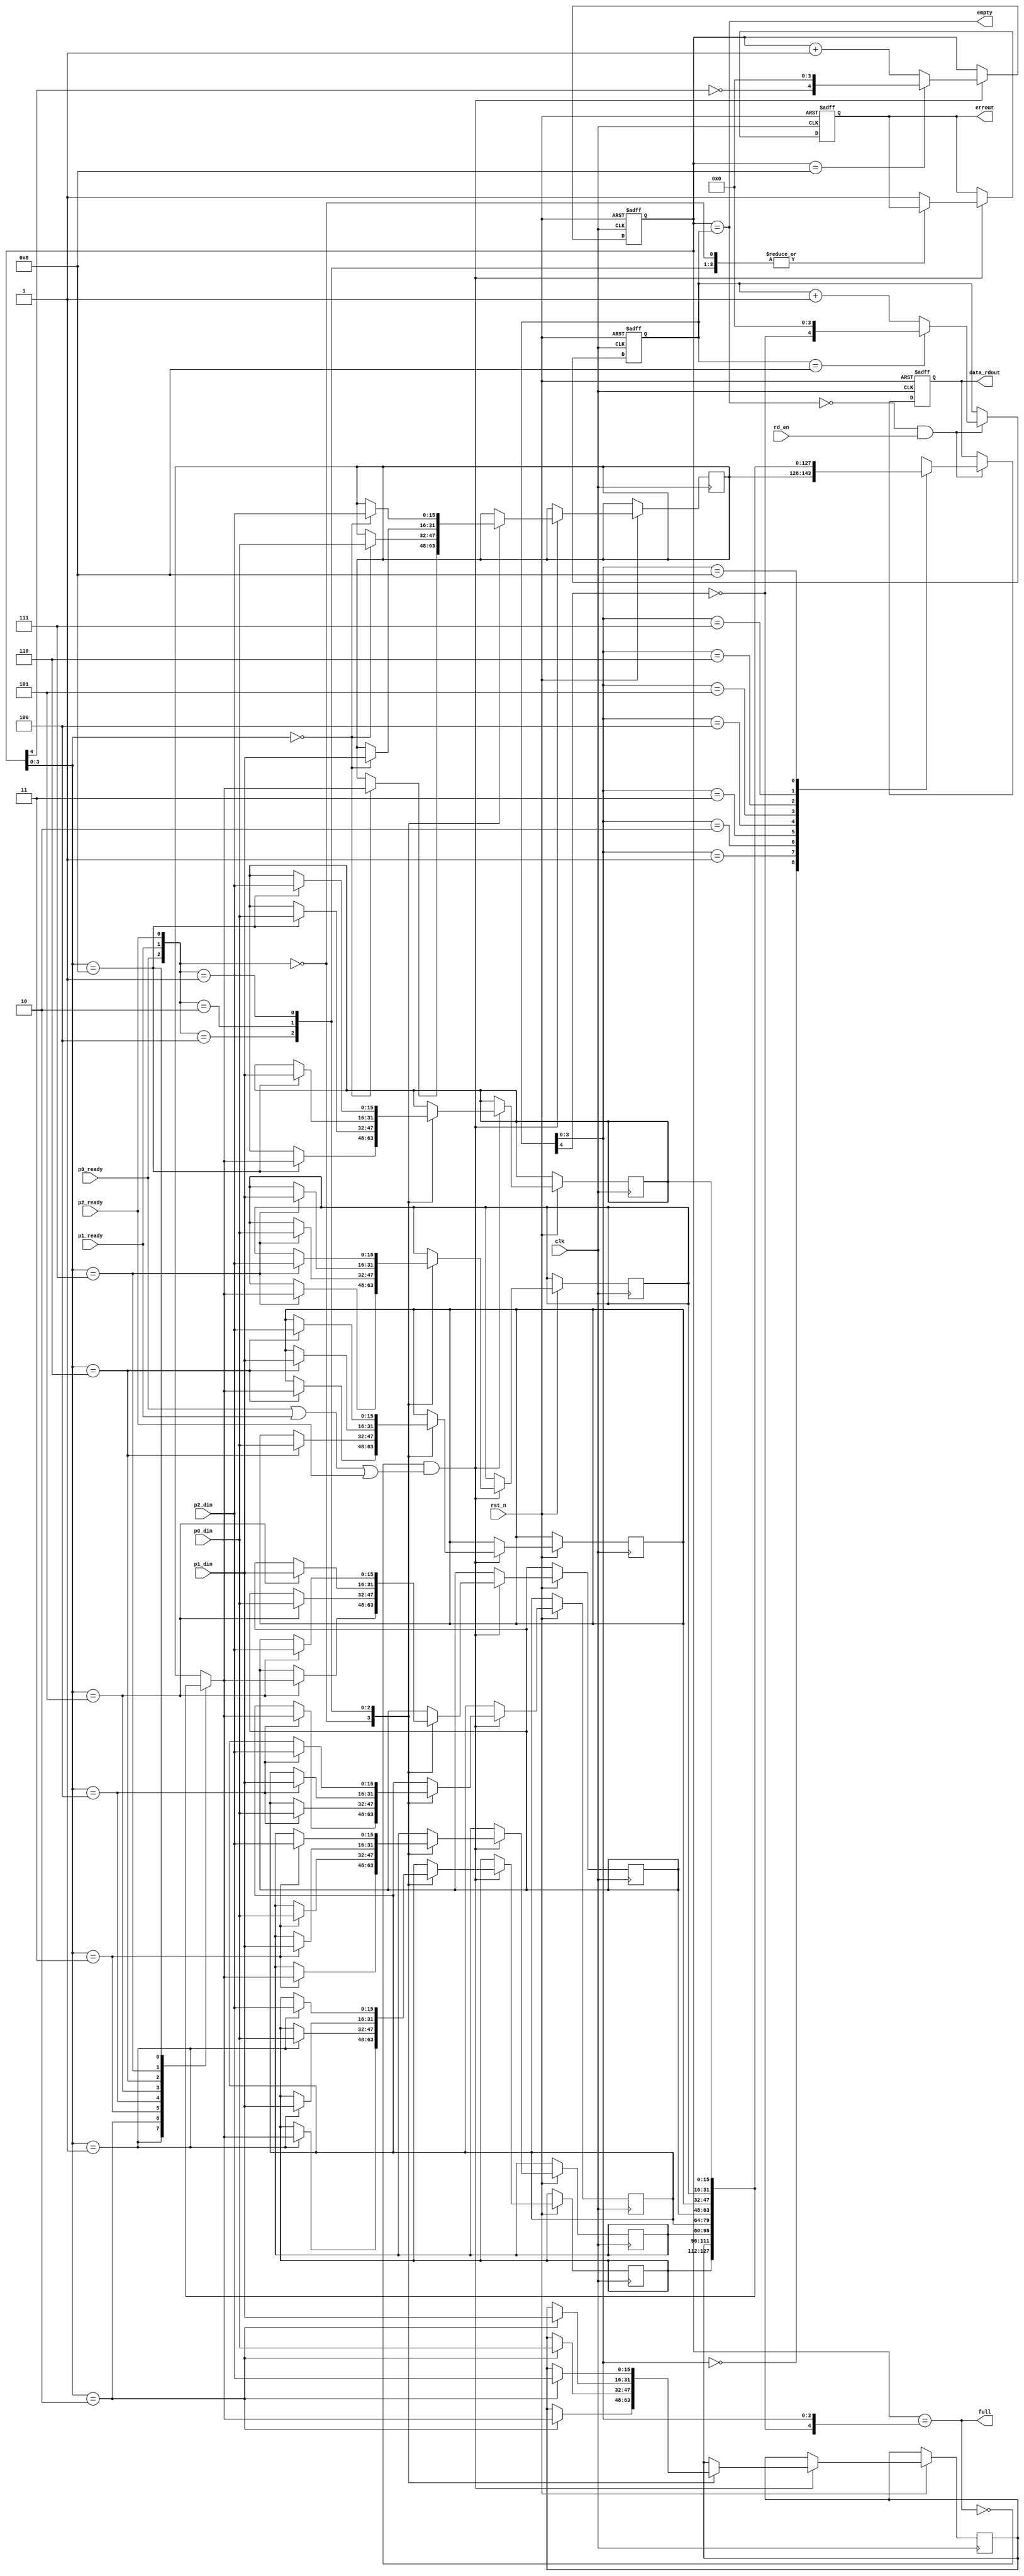
// buffer(FIFO)
module obuffer
#(
parameter DATA_WIDTH=8, // 82*8;
parameter MEM_DATA_WIDTH=9,   //max3*3;
parameter MEM_ADDR_WIDTH=4   //4;
)  
(
    clk,
    rst_n,
    p0_ready,
    p1_ready,
    p2_ready,
    p0_din,
    p1_din,
    p2_din,
    empty,
    full,
    rd_en,
    data_rdout,
    errout
);

input clk,rst_n;
input p0_ready,p1_ready,p2_ready;
input [2*DATA_WIDTH-1:0] p0_din,p1_din,p2_din;
input rd_en;
output empty,full;
output [2*DATA_WIDTH-1:0] data_rdout;
output errout; //1

// mem
reg [2*DATA_WIDTH-1:0] mem[MEM_DATA_WIDTH-1:0];

// ptr & addr
reg [MEM_ADDR_WIDTH:0] wr_ptr, rd_ptr;
wire [MEM_ADDR_WIDTH-1:0] wr_addr,rd_addr;
assign wr_addr[MEM_ADDR_WIDTH-1:0] = wr_ptr[MEM_ADDR_WIDTH-1:0];
assign rd_addr[MEM_ADDR_WIDTH-1:0] = rd_ptr[MEM_ADDR_WIDTH-1:0];

// wr_ptr
always@(posedge clk or negedge rst_n)
begin
    if(!rst_n)
        wr_ptr <= 'd0;
    else if(!full & (p0_ready | p1_ready | p2_ready))
    begin
        if(wr_ptr == MEM_DATA_WIDTH-1)
            wr_ptr <= {~wr_ptr[MEM_ADDR_WIDTH],4'b0000};
        else 
            wr_ptr <= wr_ptr + 1'b1;
    end
end

// rd_ptr
always@(posedge clk or negedge rst_n)
begin
    if(!rst_n)
        rd_ptr <= 'd0;
    else if(!empty & rd_en)
    begin
        if(rd_ptr == MEM_DATA_WIDTH-1)
            rd_ptr <= {~rd_ptr[MEM_ADDR_WIDTH],4'b0000};
        else 
            rd_ptr <= rd_ptr + 1'b1;
    end
end

// wr
reg errout;
always@(posedge clk or negedge rst_n)
begin
    if(!rst_n)
        errout <= 1'b0;
    else if(!full & (p0_ready | p1_ready | p2_ready))
    begin
        case({p0_ready,p1_ready,p2_ready})
        3'b000:
            mem[wr_addr] <= mem[wr_addr];
        3'b100:
            mem[wr_addr] <= p0_din;
        3'b010:
            mem[wr_addr] <= p1_din;
        3'b001:
            mem[wr_addr] <= p2_din;
        default:
            errout <= 1'b1;
        endcase
    end
end

// rd
reg [2*DATA_WIDTH-1:0] data_rdout;
always@(posedge clk or negedge rst_n)
begin
    if(!rst_n)
        data_rdout <= 'd0;
    else if(!empty & rd_en)
        data_rdout <= mem[rd_addr];
end

// empty & full
assign full = (wr_ptr=={~rd_ptr[MEM_ADDR_WIDTH],rd_ptr[MEM_ADDR_WIDTH-1:0]});
assign empty = (wr_ptr==rd_ptr);

endmodule